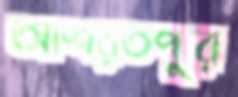
আশরতপুর